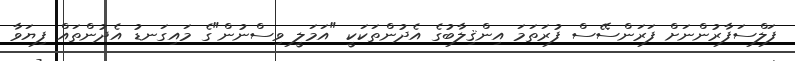
ފަލްސަފާރުންނަށް ފަރަންސޭސް ފުރަތަމަ އިންޤިލާބުގެ އެދުންތަކަކީ "އަމަލީ ވިސްނުން"ގެ މައިގަނޑު އެދުންތައް ފިޔަވާ